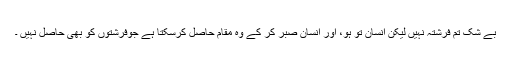
بے شک تم فرشتہ نہیں لیکن انسان تو ہو، اور انسان صبر کر کے وہ مقام حاصل کرسکتا ہے جوفرشتوں کو بھی حاصل نہیں ۔